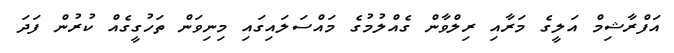
އަފްރާޝިމް އަލީގެ މަރާއި ރިލްވާން ގެއްލުމުގެ މައްސަލައިގައި މިނިވަން ތަހުގީގެއް ކުރުން ފަދަ